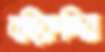
বছিরুদ্দির